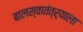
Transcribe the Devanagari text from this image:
बालस्वातंत्र्याला